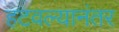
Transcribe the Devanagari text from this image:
हटवल्यानंतर